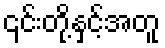
၎င်းတို့နှင့်အတူ